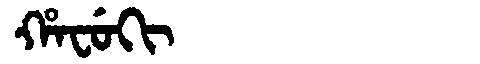
Manchu: ᡥᠠᠸᡠᡴᡳ
Romanization: HAFUKI